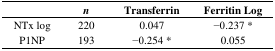
<table><thead><tr><td></td><td><b><i>n</i></b></td><td><b>Transferrin</b></td><td><b>Ferritin Log</b></td></tr></thead><tbody><tr><td>NTx log</td><td>220</td><td>0.047</td><td>−0.237 *</td></tr><tr><td>P1NP</td><td>193</td><td>−0.254 *</td><td>0.055</td></tr></tbody></table>